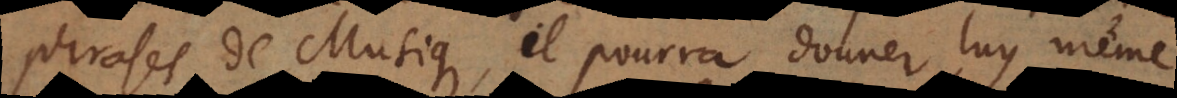
phrases de Musique, il pourra donner luy même